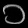
Digit: ၁